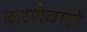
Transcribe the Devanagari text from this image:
करणेवाले